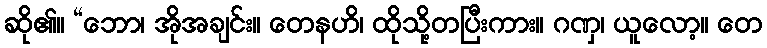
ဆို၏။ “ဘော၊ အိုအချင်း။ တေနဟိ၊ ထိုသို့တပြီးကား။ ဂဏှ၊ ယူလော့။ တေ